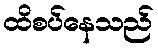
ထိစပ်နေသည်